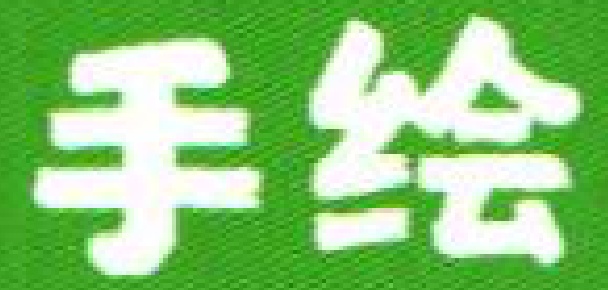
手绘